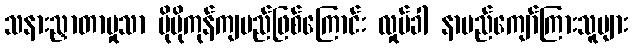
သနားညှာတာမှုသာ ပိုမိုကုန်ကျမည်ဖြစ်ကြောင်း လှုပ်ခါ နာမည်ကျော်ကြားသူများ